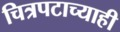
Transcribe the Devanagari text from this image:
चित्रपटाच्याही